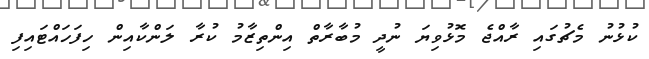
ކުޅުނު މެޗުގައި ރާއްޖެ މޮޅުވިޔަ ނުދީ މުބާރާތް އިންތިޒާމު ކުރާ ލަންކާއިން ހިފަހައްޓައިފި